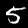
Label: 5